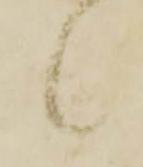
候